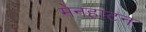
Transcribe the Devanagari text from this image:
मेनहाटन